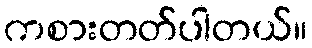
ကစားတတ်ပါတယ်။